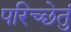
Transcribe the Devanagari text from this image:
परिच्छेतुं